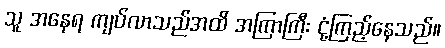
သူ အနေရ ကျပ်လာသည်အထိ အကြာကြီး ငုံ့ကြည့်နေသည်။